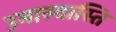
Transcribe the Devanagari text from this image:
उमास्वास्ति